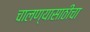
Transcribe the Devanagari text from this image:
चालण्यासाठीचा